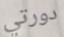
دورتي